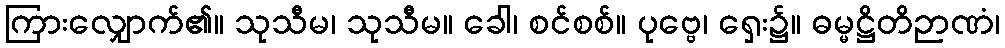
ကြားလျှောက်၏။ သုသီမ၊ သုသီမ။ ခေါ၊ စင်စစ်။ ပုဗ္ဗေ၊ ရှေး၌။ ဓမ္မဋ္ဌိတိဉာဏံ၊